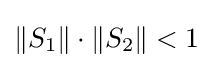
\|S_{1}\|\cdot \|S_{2}\|<1